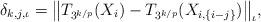
LaTeX: \begin{align*} \delta_{k, j, \iota} = \bigl\|T_{3^{k/p}}(X_i) - T_{3^{k/p}} (X_{i, \{i-j\}})\bigr\|_\iota,\end{align*}